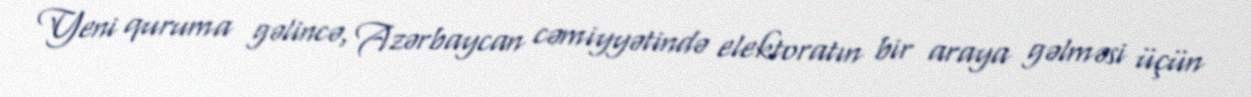
Yeni quruma gəlincə, Azərbaycan cəmiyyətində elektoratın bir araya gəlməsi üçün